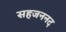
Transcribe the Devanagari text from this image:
सहजननद